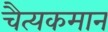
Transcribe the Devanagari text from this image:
चैत्यकमान